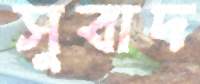
সুবাদ